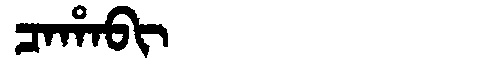
Manchu: ᠴᠠᡥᠠᠪᡳ
Romanization: CAHABI